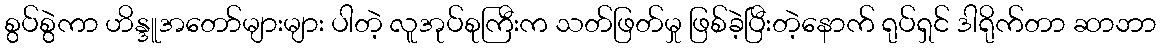
စွပ်စွဲကာ ဟိန္ဒူအတော်များများ ပါတဲ့ လူအုပ်စုကြီးက သတ်ဖြတ်မှု ဖြစ်ခဲ့ပြီးတဲ့နောက် ရုပ်ရှင် ဒါရိုက်တာ ဆာဘာ